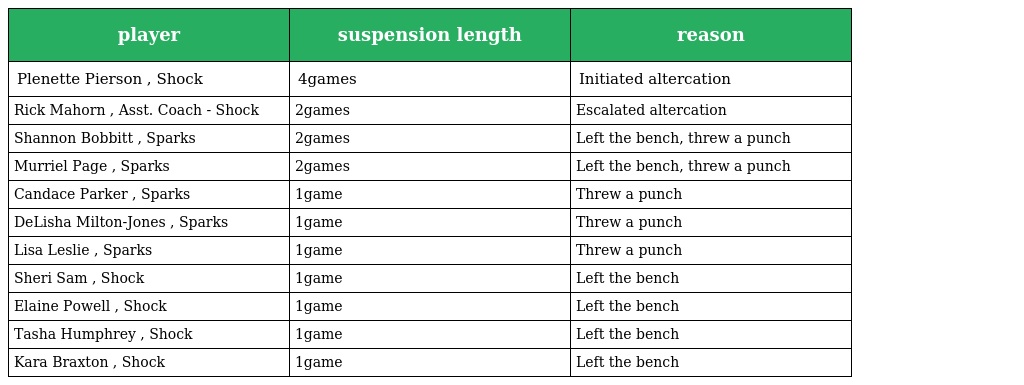
| player | suspension length | reason |
 | --- | --- | --- |
 | Plenette Pierson , Shock | 4games | Initiated altercation |
 | Rick Mahorn , Asst. Coach - Shock | 2games | Escalated altercation |
 | Shannon Bobbitt , Sparks | 2games | Left the bench, threw a punch |
 | Murriel Page , Sparks | 2games | Left the bench, threw a punch |
 | Candace Parker , Sparks | 1game | Threw a punch |
 | DeLisha Milton-Jones , Sparks | 1game | Threw a punch |
 | Lisa Leslie , Sparks | 1game | Threw a punch |
 | Sheri Sam , Shock | 1game | Left the bench |
 | Elaine Powell , Shock | 1game | Left the bench |
 | Tasha Humphrey , Shock | 1game | Left the bench |
 | Kara Braxton , Shock | 1game | Left the bench |